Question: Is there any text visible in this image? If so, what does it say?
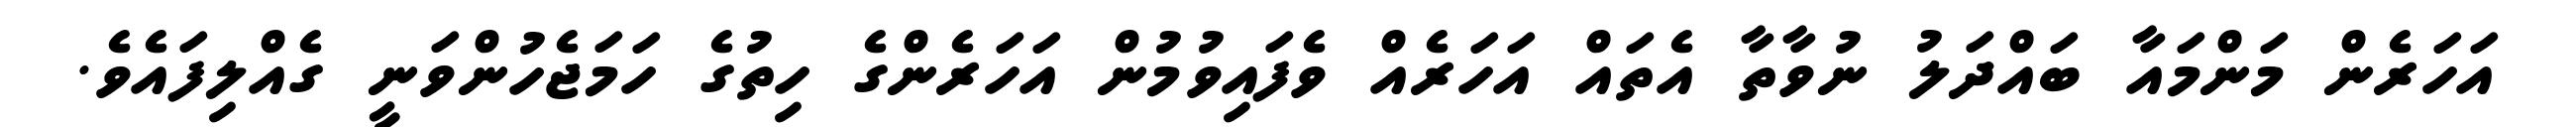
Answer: އަހަރެން މަންމައާ ބައްދަލު ނުވާތާ އެތައް އަހަރެއް ވެފައިވުމުން އަހަރެންގެ ހިތުގެ ހަމަޖެހުންވަނީ ގެއްލިފައެވެ.